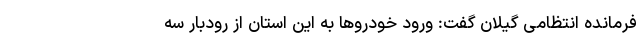
فرمانده انتظامی گیلان گفت: ورود خودروها به این استان از رودبار سه